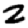
Digit: 2